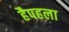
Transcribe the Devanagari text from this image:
हैपहला